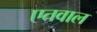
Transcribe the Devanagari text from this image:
एतवाल